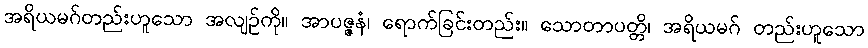
အရိယမဂ်တည်းဟူသော အလျဉ်ကို။ အာပဇ္ဇနံ၊ ရောက်ခြင်းတည်း။ သောတာပတ္တိ၊ အရိယမဂ် တည်းဟူသော